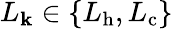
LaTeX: L_{\mathbf{k}}\in\{ L_{\mathrm{{h}}},L_{\mathrm{{c}}}\}